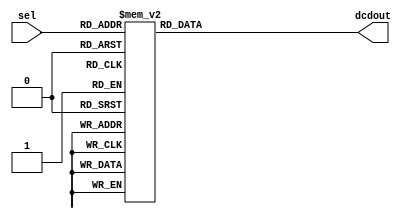
module dcd3x8 (
    input      [2:0] sel,
    output reg [7:0] dcdout
);
    
    always @(sel) begin

            case(sel)
                0: dcdout = 8'b00000001;
                1: dcdout = 8'b00000010;
                2: dcdout = 8'b00000100;
                3: dcdout = 8'b00001000;
                4: dcdout = 8'b00010000;
                5: dcdout = 8'b00100000;
                6: dcdout = 8'b01000000;
                7: dcdout = 8'b10000000;
                default: dcdout = 8'b0;
            endcase
        
    end

endmodule